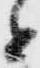
と